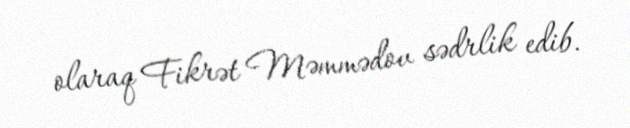
olaraq Fikrət Məmmədov sədrlik edib.